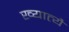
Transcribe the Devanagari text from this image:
ख्यात्यै